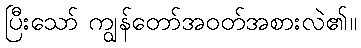
ပြီးသော် ကျွန်တော်အဝတ်အစားလဲ၏။